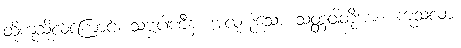
ထိုကုသိုလ်ကြောင့်။ သဗ္ဗပါဏီနံ၊ အလုံးစုံသော သတ္တဝါတို့အား။ ကုသလာ၊